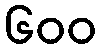
၆၀၀